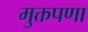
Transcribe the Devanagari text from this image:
मुक्तपणा